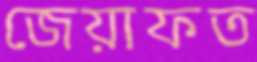
জেয়াফত